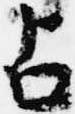
占